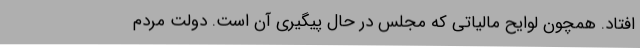
افتاد. همچون لوایح مالیاتی که مجلس در حال پیگیری آن است. دولت مردم